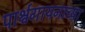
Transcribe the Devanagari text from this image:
पार्श्वगायनाच्या